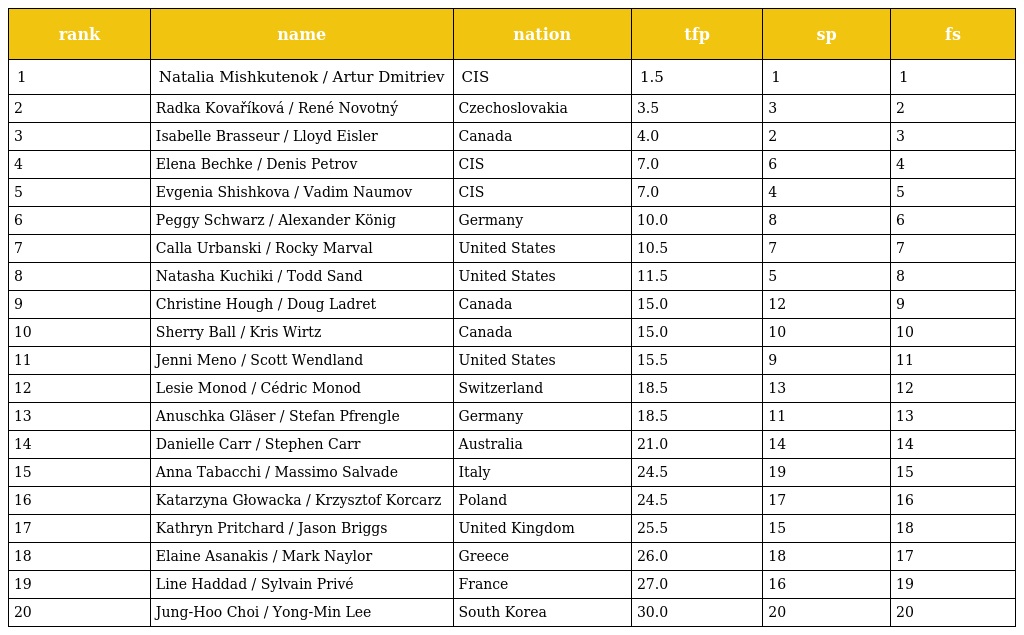
| rank | name | nation | tfp | sp | fs |
 | --- | --- | --- | --- | --- | --- |
 | 1 | Natalia Mishkutenok / Artur Dmitriev | CIS | 1.5 | 1 | 1 |
 | 2 | Radka Kovaříková / René Novotný | Czechoslovakia | 3.5 | 3 | 2 |
 | 3 | Isabelle Brasseur / Lloyd Eisler | Canada | 4.0 | 2 | 3 |
 | 4 | Elena Bechke / Denis Petrov | CIS | 7.0 | 6 | 4 |
 | 5 | Evgenia Shishkova / Vadim Naumov | CIS | 7.0 | 4 | 5 |
 | 6 | Peggy Schwarz / Alexander König | Germany | 10.0 | 8 | 6 |
 | 7 | Calla Urbanski / Rocky Marval | United States | 10.5 | 7 | 7 |
 | 8 | Natasha Kuchiki / Todd Sand | United States | 11.5 | 5 | 8 |
 | 9 | Christine Hough / Doug Ladret | Canada | 15.0 | 12 | 9 |
 | 10 | Sherry Ball / Kris Wirtz | Canada | 15.0 | 10 | 10 |
 | 11 | Jenni Meno / Scott Wendland | United States | 15.5 | 9 | 11 |
 | 12 | Lesie Monod / Cédric Monod | Switzerland | 18.5 | 13 | 12 |
 | 13 | Anuschka Gläser / Stefan Pfrengle | Germany | 18.5 | 11 | 13 |
 | 14 | Danielle Carr / Stephen Carr | Australia | 21.0 | 14 | 14 |
 | 15 | Anna Tabacchi / Massimo Salvade | Italy | 24.5 | 19 | 15 |
 | 16 | Katarzyna Głowacka / Krzysztof Korcarz | Poland | 24.5 | 17 | 16 |
 | 17 | Kathryn Pritchard / Jason Briggs | United Kingdom | 25.5 | 15 | 18 |
 | 18 | Elaine Asanakis / Mark Naylor | Greece | 26.0 | 18 | 17 |
 | 19 | Line Haddad / Sylvain Privé | France | 27.0 | 16 | 19 |
 | 20 | Jung-Hoo Choi / Yong-Min Lee | South Korea | 30.0 | 20 | 20 |